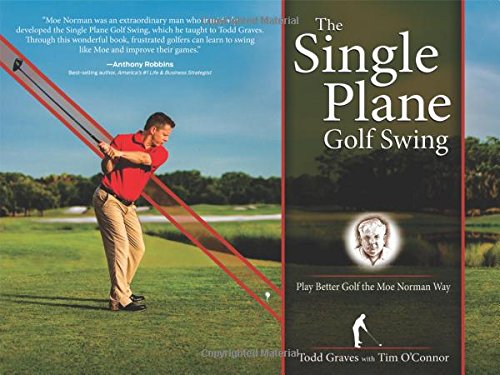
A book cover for The Single Plane Golf Swing: Play Better Golf the Moe Norman Way; Todd Graves; Sports & Outdoors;